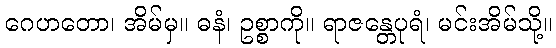
ဂေဟတော၊ အိမ်မှ။ ဓနံ၊ ဥစ္စာကို။ ရာဇန္တေပုရံ၊ မင်းအိမ်သို့။